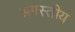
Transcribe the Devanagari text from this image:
अगस्तीय